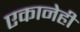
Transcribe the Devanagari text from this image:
एकानेही